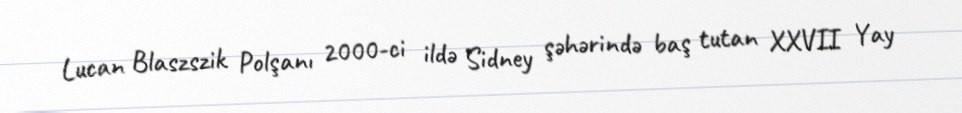
Lucan Blaszszik Polşanı 2000-ci ildə Sidney şəhərində baş tutan XXVII Yay